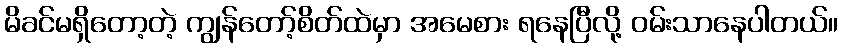
မိခင်မရှိတော့တဲ့ ကျွန်တော့်စိတ်ထဲမှာ အမေစား ရနေပြီလို့ ဝမ်းသာနေပါတယ်။